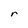
Character: r